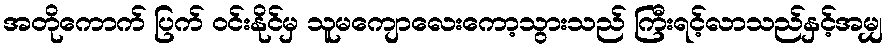
အတိုကောက် ပြက် ဝင်းနိုင်မှ သူမကျောလေးကော့သွားသည် ကြီးရင့်လာသည်နှင့်အမျှ